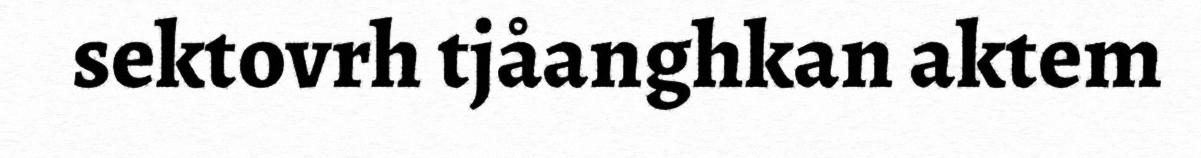
sektovrh tjåanghkan aktem